Indian journal of veterinary science and animal husbandry - Volume 13,
Year: 1943
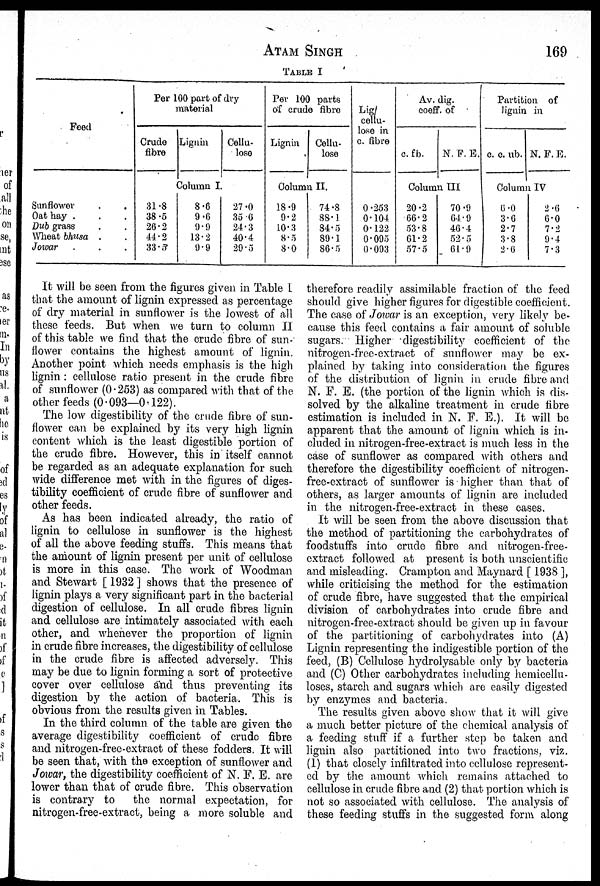
ATAM SINGH 169
TABLE I
Feed
Sunflower . .
Oat hay . .
Dub grass . .
Wheat bhusa . .
Jowar . .
Per 100 part of dry
Crude
fibre
31.8
38.5
26.2
44.2
33.3
Lignin
Cellu-
lose
Column I
8.6
9.6
9.9
13.2
9.9
27.0
35.6
24.3
40.4
29.5
Per 100 parts
of crude fibro
Lignin
Cellu-
lose
Column II.
18.9
9.2
10.3
8.5
8.0
74.8
88.1
84.5
89.1
86.5
Lig/
cellu-
lose in
c. fibre
0.253
0.104
0.122
0.095
0.093
Av. dig.
cooff. of
c. fb.
N. F. E.
Column III
20.2
66.2
53.8
61.2
57.5
70.9
64.9
46.4
52.5
61.9
Partition of
lignin in
c. c. ub. N. F. E.
Column IV
6.0
3.6
2.7
3.8
2.6
2.6
6.0
7.2
9.4
7.3
It will be seen from the figures given in Table I
that the amount of lignin expressed as percentage
of dry material in sunflower is the lowest of all
these feeds. But when we turn to column II
of this table we find that the crude fibre of sun-
flower contains the highest amount of lignin.
Another point which needs emphasis is the high
lignin: cellulose ratio present in the crude fibre
of sunflower (0.253) as compared with that of the
other feeds (0.093—0.122).
The low digestibility of the crude fibre of sun-
flower can be explained by its very high lignin
content which is the least digestible portion of
the crude fibre. However, this in itself cannot
be regarded as an adequate explanation for such
wide difference met with in the figures of diges-
tibility coefficient of crude fibre of sunflower and
other feeds.
As has been indicated already, the ratio of
lignin to cellulose in sunflower is the highest
of all the above feeding stuffs. This means that
the amount of lignin present per unit of cellulose
is more in this case. The work of Woodman
and Stewart [ 1932 ] shows that the presence of
lignin plays a very significant part in the bacterial
digestion of cellulose. In all crude fibres lignin
and cellulose are intimately associated with each
other, and whenever the proportion of lignin
in crude fibre increases, the digestibility of cellulose
in the crude fibre is affected adversely. This
may be due to lignin forming a sort of protective
cover over cellulose and thus preventing its
digestion by the action of bacteria. This is
obvious from the results given in Tables.
In the third column of the table are given the
average digestibility coefficient of crude fibre
and nitrogen-free-extract of these fodders. It will
be seen that, with the exception of sunflower and
Jowar, the digestibility coefficient of N. F. E. are
lower than that of crude fibre. This observation
is contrary to
the normal expectation, for
nitrogen-free-extract, being a more soluble and
therefore readily assimilable fraction of the feed
should give higher figures for digestible coefficient.
The case of Jowar is an exception, very likely be-
cause this feed contains a fair amount of soluble
sugars. Higher digestibility coefficient of the
nitrogen-free-extract of sunflower may be ex-
plained by taking into consideration the figures
of the distribution of lignin in crude fibre and
N. F. E. (the portion of the lignin which is dis-
solved by the alkaline treatment in crude fibre
estimation is included in N. F. E.). It will be
apparent that the amount of lignin which is in-
cluded in nitrogen-free-extract is much less in the
case of sunflower as compared with others and
therefore the digestibility coefficient of nitrogen-
free-extract of sunflower is higher than that of
others, as larger amounts of lignin are included
in the nitrogen-free-extract in these cases.
It will be seen from the above discussion that
the method of partitioning the carbohydrates of
foodstuffs into crude fibre and nitrogen-free-
extract followed at present is both unscientific
and misleading. Crampton and Maynard [ 1938 ],
while criticising the method for the estimation
of crude fibre, have suggested that the empirical
division of carbohydrates into crude fibre and
nitrogen-free-extract should be given up in favour
of the partitioning of carbohydrates into (A)
Lignin representing the indigestible portion of the
feed, (B) Cellulose hydrolysable only by bacteria
and (C) Other carbohydrates including hemicellu-
loses, starch and sugars which are easily digested
by enzymes and bacteria.
The results given above show that it will give
a much better picture of the chemical analysis of
a feeding stuff if a further step be taken and
liguin also partitioned into two fractions, viz.
(1) that closely infiltrated into cellulose represent-
ed by the amount which remains attached to
cellulose in crude fibre and (2) that portion which is
not so associated with cellulose. The analysis of
these feeding stuffs in the suggested form along